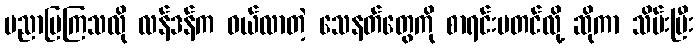
ပညာပြကြသလို လန်ဒန်က ဝယ်လာတဲ့ သေနတ်တွေကို စာရင်းမတင်လို့ ဆိုကာ သိမ်းပြီး